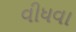
વીધવા